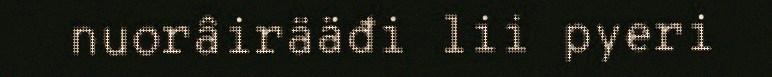
nuorâirääđi lii pyeri